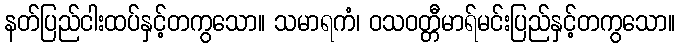
နတ်ပြည်ငါးထပ်နှင့်တကွသော။ သမာရကံ၊ ဝသဝတ္တီမာရ်မင်းပြည်နှင့်တကွသော။